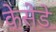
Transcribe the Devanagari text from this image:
केसेडे